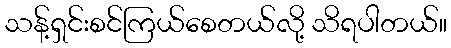
သန့်ရှင်းစင်ကြယ်စေတယ်လို့ သိရပါတယ်။